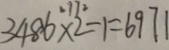
3 4 8 6 \times 2 - 1 = 6 9 7 1